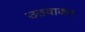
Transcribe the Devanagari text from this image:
उठवाकर